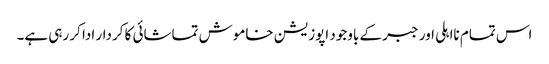
اس تمام نااہلی اور جبر کے باوجود اپوزیشن خاموش تماشائی کا کردار ادا کر رہی ہے۔